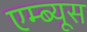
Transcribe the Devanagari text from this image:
एम्ब्यूस